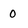
Character: 0